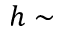
h \sim